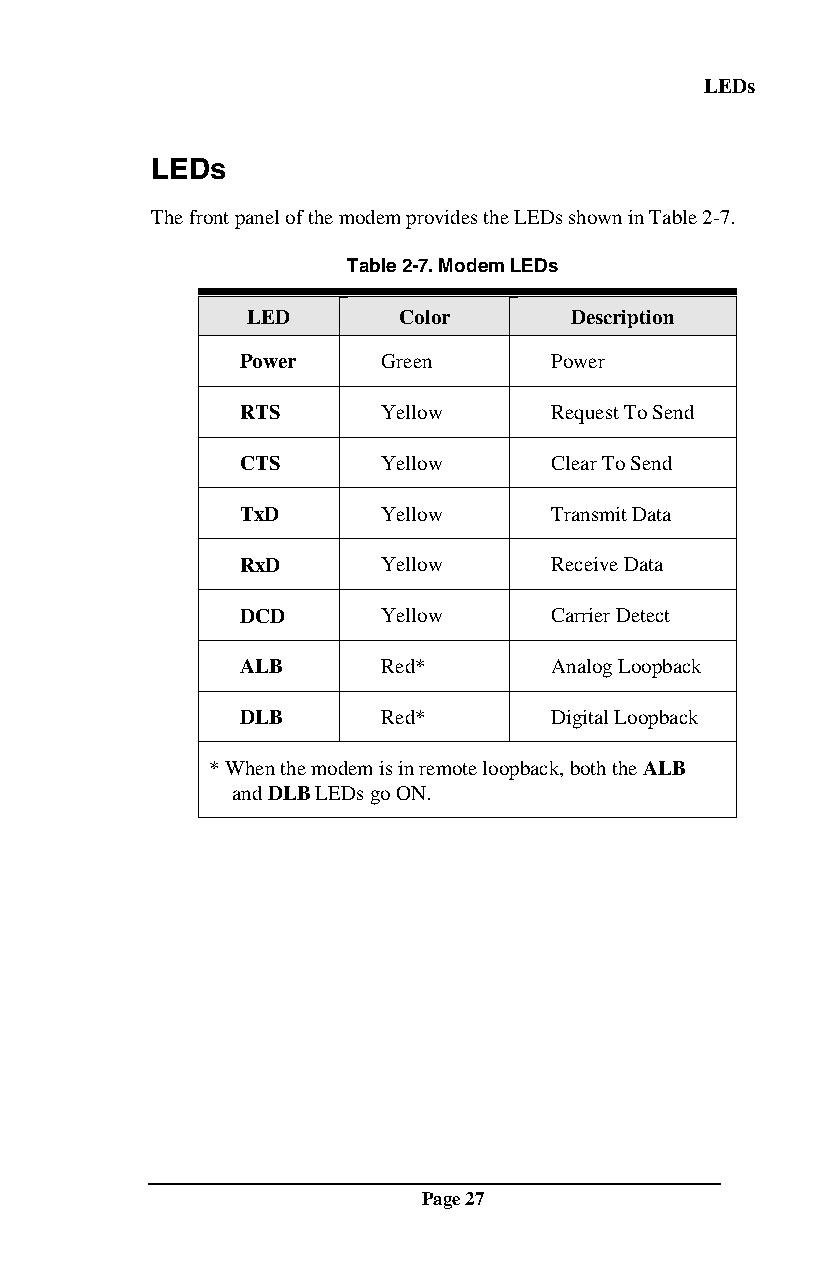
LEDs
 LEDs
 The front panel of the modem provides the LEDs shown in Table 2-7.
 Table 2-7. Modem LEDs
 LED       Color       Description
 Power    Green      Power
 RTS      Yellow     Request To Send
 CTS      Yellow     Clear To Send
 TxD      Yellow     Transmit Data
 RxD      Yellow     Receive Data
 DCD      Yellow     Carrier Detect
 ALB      Red*       Analog Loopback
 DLB      Red*       Digital Loopback
 * When the modem is in remote loopback, both the ALB
 and DLB LEDs go ON.
 Page 27